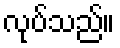
လုပ်သည်။